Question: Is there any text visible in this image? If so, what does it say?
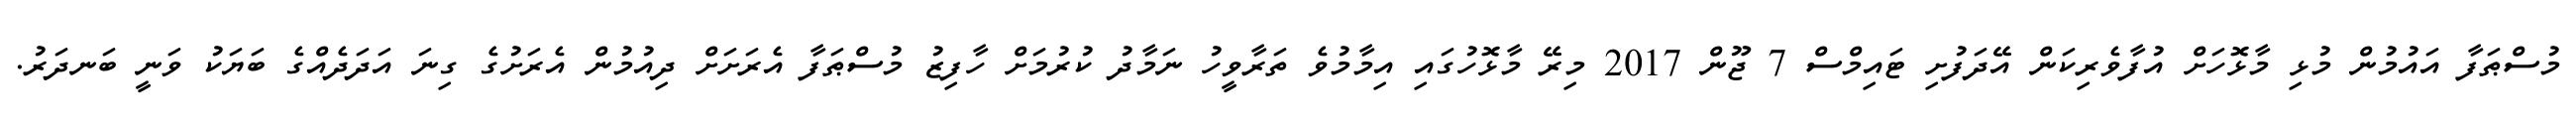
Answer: މުސްޠަފާ އައުމުން މުޅި މާޅޮހަށް އުފާވެރިކަން އޭދަފުށި ޓައިމްސް 7 ޖޫން 2017 މިރޭ މާޅޮހުގައި އިމާމުވެ ތަރާވީހު ނަމާދު ކުރުމަށް ހާފިޒު މުސްޠަފާ އެރަށަށް ދިއުމުން އެރަށުގެ ގިނަ އަދަދެއްގެ ބަޔަކު ވަނީ ބަނދަރު.